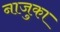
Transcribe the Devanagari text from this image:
नाजुका